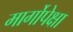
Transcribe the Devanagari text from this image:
मार्गोपेक्षा